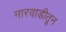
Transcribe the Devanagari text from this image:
मारवाडीतून